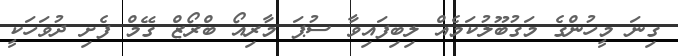
ގިނަ މީހުންގެ މަގުބޫލުކަމެއް ލިބިފައިވާ ސުޕަ މާރިއޯ ބްރޯޒް ގޭމް ފެށި ދުވަހަކީ